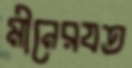
মীনেরযত